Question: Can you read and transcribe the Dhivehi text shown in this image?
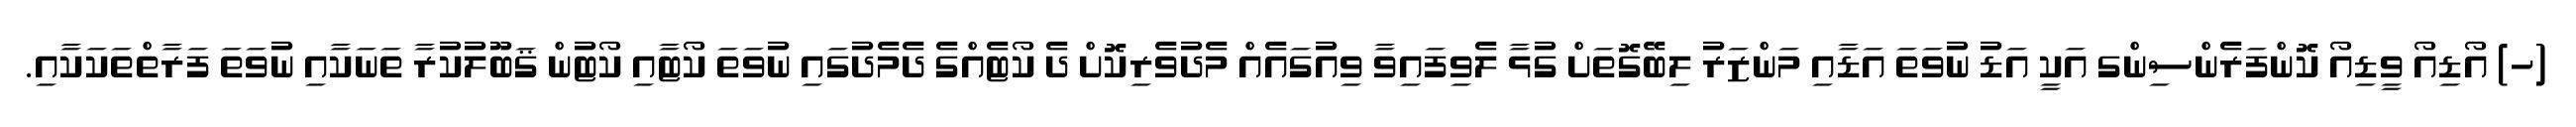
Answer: (ހ) އޯޑިއޯ ވީޑިއޯ ކޮންފަރެންސިންގ އަކީ އަޑު ނުވަތަ އަޑާއި މަންޒަރު ލިބޭގޮތަށް ގުޅާ ލެވިފައިވާ ވިއުގައެއް މެދުވެރިކޮށް ދެ ކޯޓެއްގެ ދެމެދުގައި ނުވަތަ ކޯޓާއި ކޯޓުން ޤަބޫލުކުރާ ތަނަކާއި ނުވަތަ ފަރާތްތަކަކާއި.